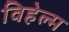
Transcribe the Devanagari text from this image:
विहेल्म